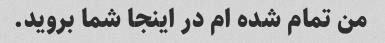
من تمام شده ام در اینجا شما بروید.